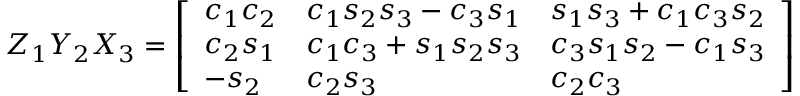
Z _ { 1 } Y _ { 2 } X _ { 3 } = { \left[ \begin{array} { l l l } { c _ { 1 } c _ { 2 } } & { c _ { 1 } s _ { 2 } s _ { 3 } - c _ { 3 } s _ { 1 } } & { s _ { 1 } s _ { 3 } + c _ { 1 } c _ { 3 } s _ { 2 } } \\ { c _ { 2 } s _ { 1 } } & { c _ { 1 } c _ { 3 } + s _ { 1 } s _ { 2 } s _ { 3 } } & { c _ { 3 } s _ { 1 } s _ { 2 } - c _ { 1 } s _ { 3 } } \\ { - s _ { 2 } } & { c _ { 2 } s _ { 3 } } & { c _ { 2 } c _ { 3 } } \end{array} \right] }